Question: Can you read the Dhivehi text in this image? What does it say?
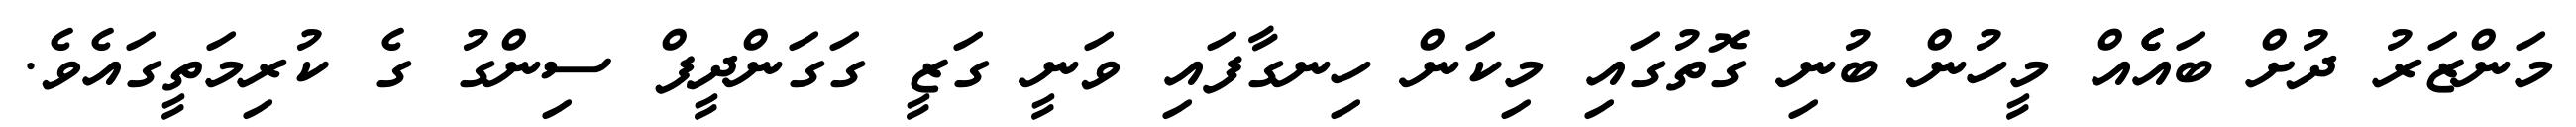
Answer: މަންޒަރު ދުށް ބައެެއް މީހުން ބުނި ގޮތުގައި މިކަން ހިނގާފައި ވަނީ ގަޒީ ގަގަންދީޕް ސިންގު ގެ ކުރިމަތީގައެވެ.